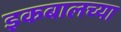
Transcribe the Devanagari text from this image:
इकबालच्या